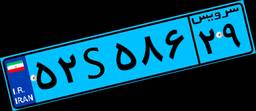
۰۴S۵۲۶۷۷